Medical and sanitary report of the native army of Bengal for the year
Year: 1876
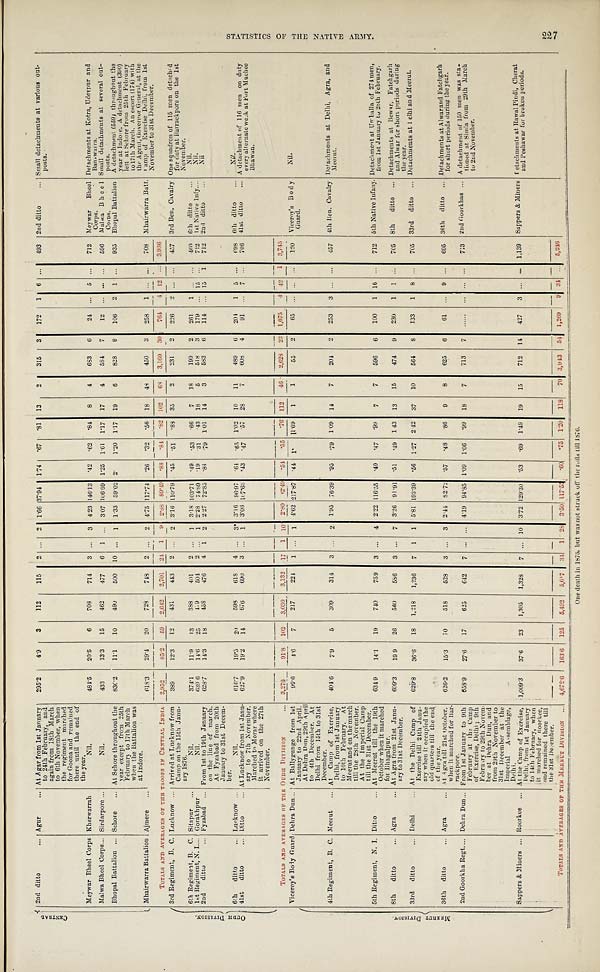
C R N T R A L
2nd ditto ..
.
Agur... At Agar from 1st January
to 24th February, and
again from 18th March
to 6th November, when
the regiment marched
for Goona and remained
there until the end of
the year.
295.2
4.9
3
112
115
2 ... 2 1.66 37.94 1.74 .67 .81 13
2
315
3
172
1 6 ...
493 2nd ditto
... Small detachments at various out-
posts.
Meywar Bheel Corps Kherwarrah
Nil.
484.5
20.5
6
708
714
3 ... 3 4.23 146.13 .42 .62 .84
8
4
683 6
24 ... 5 ..
712 Meywar Bheel
Corps.
Detachments at Kotra, Udevpur and
Banswarra.
Malwa Bheel Corps... Sirdarpore ...
Nil.
433
13.3
15
462
477
6 1 ... 3.07 106.69 1.25 1.61 1.17 17
4
584
7
12
. . . . . . . . . 596 Malwa Bheel
Corps.
Small detachments at several out-
posts.
Bhopal Battalion ... Sehore
... At Sehore throughout the
year except from 25th
February to 17th March
when the Battalion was
at Indore.
830.2
11.1
10
490
500 10 ... 1 1.33 59.02 2. 1.20 1.17 19
6
828
9
106
2 1
. . .
935 Bhopal Battalion A detachment (559) throughout the
year at Indore. A detachment (390)
left at Sehore from 25th February
to 17th March. An escort (174) with
the Agent, Governor General, at the
camp of Exercise Delhi, from 1st
November to 31st December.
Mhairwarra Battalion Ajmere ...
618.3
29.4
20
728 748
2 ... 2 4.75 117.74 .26
. 3 2 .56 18
48
450
3
258
1 ...
. . . 708 Mhairwarra Batt.
TOTALS AND AVERAGES OF THE TROOPS IN CENTRAL INDIA 2, 952
85.2
59 2,642 2,701 24 1 9 2.88 89.49 .88 .84
. 8 2 102
6 8 3,160 30
764
4 12
. . . 3,936
O U D H D I V I S I O N .
3 r d R e g i m e n t , B . C .
Lucknow ... Arrived at Lucknow from
Camp on the 15th Janu-
ary 1876
389
12.3
12
431
443
2 ...
2 3.16 110.79 .45 .51
. 8 8 35
2
231
2 226
2 ...
. . . 457 3rd Ben. Cavalry One squadron of 115 men detached
for duty at Barrackpore on the 1st
November.
6th Regiment, B. C. Sitapur ...
N i l .
374.1
11.9
13
388
401
2 ... 1 3 18 103.71 .49 .53 .66
7
18
199
2
261
1
. . . . . .
460 6th ditto
...
Nil.
1st Regiment, N. I.... Gorakhpur
Nil.
639.6
14.6
25
479
504
2
. . . 1 2.28 74.89 .19 .31 .43 18
5
518
3 179 ... 15 ...
712 1st Native Infy....
Nil.
2nd ditto
... Fyzabad ... From 1st to 19th January
on the line of march.
At Fyzabad from 20th
January to 31st Decem-
ber.
628.7
14.3
18
458
476
4
1
2 2.27 72.85 .84 .79 1.01 14
3
583
6
114
. . .
15
1
712 2nd ditto
...
N i l
6th ditto
... Lucknow ...
Nil.
616.7
1 9 . 5
20
598
618
4 ... 3* 3.16 96.97 .64 .65 1.02 10
11
489
6 204
1 5
. . . 698 6th ditto
. . .
Nil.
41st ditto
... Ditto
... At Lucknow from 1st Janu-
ary to 7th November.
Marched to Morar where
it arrived on the 27th
November.
627.9
19.2
14
676
690
3 ... 1 3.08 107.68 .43 .47 .57 28
7
608
4
91
. . .
7
. . .
706 41st ditto
... A detachment of 116 men on duty
every alternate week at Fort Muchee
Bhawan.
TOTALS AND AVERAGES OF THE OUDH DIVISION . . . 3,276
91.8 102
3,030 3,132
17 1 10 2.80
1 2 . 4 9 .54 .55 .76 112
4 6 2,628
2 3 1,075
4 42 1 3,745
M E E R U T D I V I S I O N .
Viceroy's Body Guard Dehra Dun... At Ballygunge from lst
January to 22nd April.
At Dehra Dun, 29th April
to 4th December. At
Delhi from 15th to 31st
December.
99.6
4.6
7
217
224
1 ... 1 4.62 217.87 .44 1. 11.69
1
1
55
2
65 ... ...
. . . 120 Viceroy's Body
Guard.
Nil.
4th Regiment, B. C. Meerut ... At Camp of Exercise,
Delhi, from 1st January
to 10th February. At
Meerut and on the march
till the 28th November.
At the Imperial Camp
till the 31st December.
404.6
7.9
5
309
314
3 ...
2
1.95 76.39 .95 .79 1.09 14
7
204
2
253
3
. . . . . .
4 5 7 4th Ben. Cavalry Detachments at Delhi, Agra, and
Meerut.
5th Regiment, N. I. Ditto
... At Meerut till the 19th
October when it marched
for Bhagalpur.
634 9
14.1
19
740
759 3 ... 4 2.22 116.55
. 4 0 .47 .99
7
7
596
6
100
1 16 ...
712 5th Native Infany.
D e t a c h m e n t a t U m b a l l a o f 2 7 4 m e n ,
f r o m 1 s t J a n u a r y t o 2 8 t h F e b r u a r y .
8th ditto
... Agra
... At Agra from 21st Janu-
a r y t o 3 1 s t D e c e m b e r .
609.3
19.9
26
560
586
3 ... 7 3.26 91.91 .51 .49 143 13
15
474
9 230
1 1
. . .
7 0 5 8th ditto ... Detachments at Bewar, Fatehgarh
and Alwar for short periods during
the year.
33rd ditto
... Delhi
... At the Delhi Camp of
Exercise till 24th Janu
ary when it occupied the
old quarters till the end
of the year.
629.8
36.6
18 1,218 1,236
7 1 1 5.81 193.39 .56 1.27 2.42 37
10
564
8
133
1 8 ...
705 33rd ditto ... Detachments at Delhi and Meerut.
36th ditto
... Agra ...
At Agra till 21st October,
when it marched for Bar- r a c k p o r e .
626.2
15.3
10
518
528
3 ... 3 2.44 82.72 .57 .48 .86
9
8
625
6
61 ... 9
. . . 695 36th ditto
. . . Detachments at Alwar and Fatchgarh
for short periods during the year.
2nd Goorkha Regt.... Dehra Dun.... From 1st January to 9th
February at the Camp
of Exercise, Delhi ; 9th
February to 29th Novem-
ber at Dehra Dun, and
from 29th November to
31st December at the
Imperial Assemblage,
Delhi
658.9
27.6
17
625
642
7
. . .
. . .
4.19 94.85 1.09 1.06 .99 18
7 713
7
. . . . . .
. . . . . . . . . 713 2nd Goorkhas . . .
A d e t a c h m e n t o f 1 5 0 m e n w a s s t a -
t i o n e d a t S i m l a f r o m 2 9 t h M a r c h
t o 2 n d N o v e m b e r .
Sappers & Miners ... Roorkee ... At the Camp of Exercise,
Delhi, from 1st January
to 14th February, when
it marched for Roorkee,
and remained there till
the 31st December.
1,009.3
37.6 23 1,305 1,328
7 ... 10 3.72 129.30 .53 .69 1.49 19
15
712 14
427
3 ...
. . . 1,139 Sappers & Miners
D e t a c h m e n t s a t R a w a l P i n d i , C h e r a t
a n d P e s h a w a r f o r b r o k e n p e r i o d s .
T O T A L A N D A V E R A G E S O F T H E M E E R Z U T D I V I S I O N . . .
4,672.6 163.6 125 5,492
5,6.7 34 1 28 3.50
1 1 7 . 5 5
.60 .75 1.20 118
70 3,943 54 1, 269
9 34 ...
5 , 2 4 6
One death in 1875, but was not struck off the rolls till 1876.
S T A T I S T I C S O F T H E N A T I V E A R M Y . 2 2 7